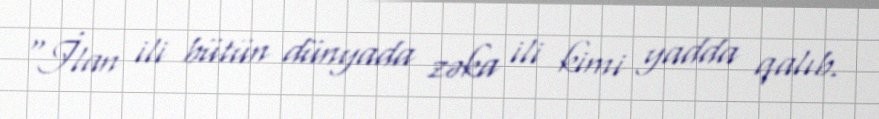
“İlan ili bütün dünyada zəka ili kimi yadda qalıb.